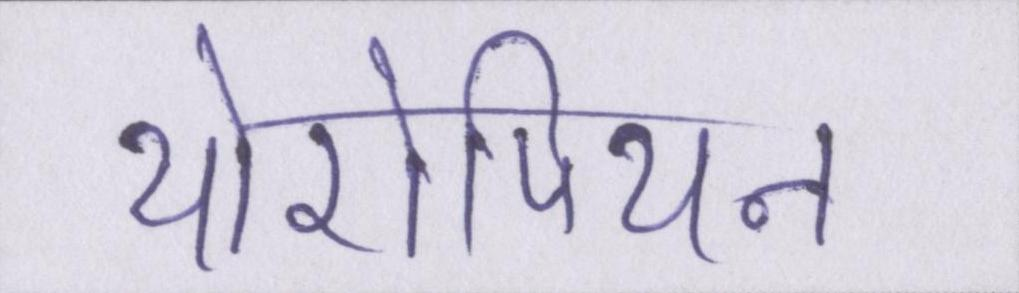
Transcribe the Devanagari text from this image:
योरोपियन